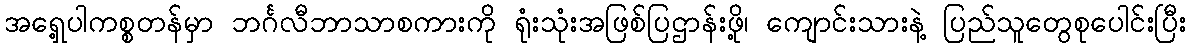
အရှေ့ပါကစ္စတန်မှာ ဘင်္ဂလီဘာသာစကားကို ရုံးသုံးအဖြစ်ပြဌာန်းဖို့၊ ကျောင်းသားနဲ့ ပြည်သူတွေစုပေါင်းပြီး